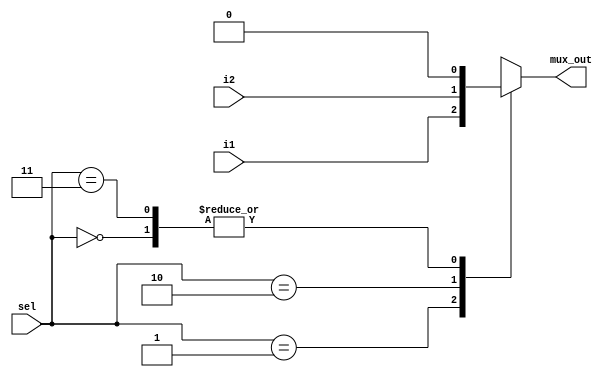
module mux (
    input wire       i1,
    input wire       i2,
    input wire [1:0] sel,
    output reg       mux_out
);

always @(*) 
    begin
        case (sel)
            2'b00:
                begin
                    mux_out=1'b0;
                end
            2'b01:
                begin
                    mux_out=i1;
                end
            2'b10:
                begin
                    mux_out=i2;
                end
            2'b11:
                begin
                    mux_out=1'b0;
                end
        endcase    
    end
endmodule